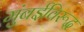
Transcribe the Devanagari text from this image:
मुंबईविरूद्ध